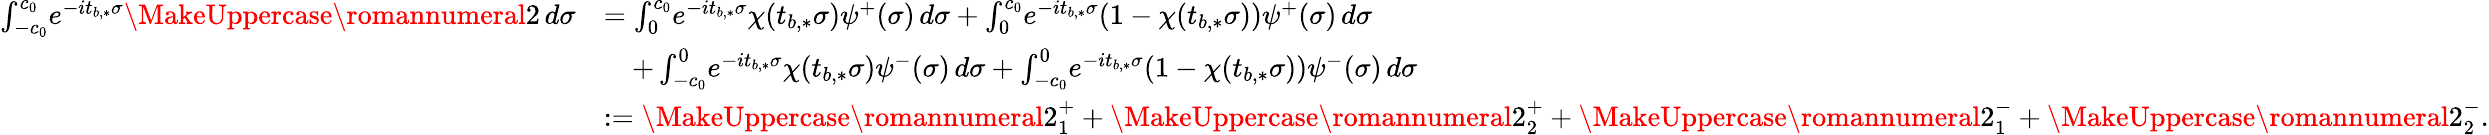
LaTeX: \begin{array}{rl}{\int_{-c_{0}}^{c_{0}}\! e^{-it_{b,*}\sigma}\MakeUppercase{\romannumeral 2}\, d\sigma}&{=\int_{0}^{c_{0}}\! e^{-it_{b,*}\sigma}\chi(t_{b,*}\sigma)\psi^{+}(\sigma)\, d\sigma+\int_{0}^{c_{0}}\! e^{-it_{b,*}\sigma}(1-\chi(t_{b,*}\sigma))\psi^{+}(\sigma)\, d\sigma}\\ &{\quad+\int_{-c_{0}}^{0}\! e^{-it_{b,*}\sigma}\chi(t_{b,*}\sigma)\psi^{-}(\sigma)\, d\sigma+\int_{-c_{0}}^{0}\! e^{-it_{b,*}\sigma}(1-\chi(t_{b,*}\sigma))\psi^{-}(\sigma)\, d\sigma}\\ &{:=\MakeUppercase{\romannumeral 2}_{1}^{+}+\MakeUppercase{\romannumeral 2}_{2}^{+}+\MakeUppercase{\romannumeral 2}_{1}^{-}+\MakeUppercase{\romannumeral 2}_{2}^{-}.}\end{array}